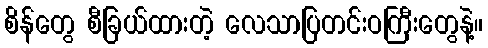
စိန်တွေ စီခြယ်ထားတဲ့ လေသာပြတင်းဝကြီးတွေနဲ့။